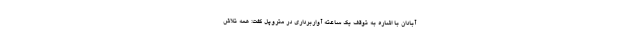
آبادان با اشاره به توقف یک ساعته آواربرداری در متروپل گفت: همه تلاش